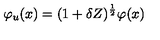
\varphi _ { u } ( x ) = ( 1 + \delta Z ) ^ { \frac { 1 } { 2 } } \varphi ( x )